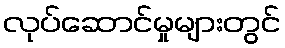
လုပ်ဆောင်မှုများတွင်